Sanitation, dispensaries and jails vaccination Rajputana 1922-1927 - 1922-1927
Year: 1922
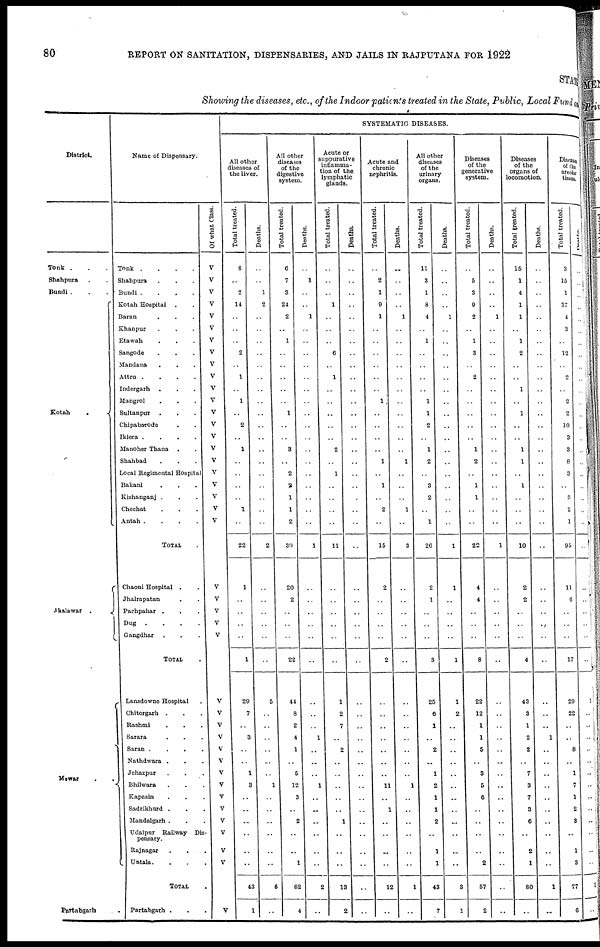
80
REPORT ON SANITATION, DISPENSARIES, AND JAILS IN RAJPUTANA FOR 1922
STAT
Showing the diseases, etc., of the Indoor-patients treated in the State, Public, Local Fund and
District.
Tonk ...
Shahpura ..
Bundi ...
Kotah
.
Jhalawar .
Mewar ..
Partabgarh .
Name of Dispensary.
Tonk
.
.
.
.
Shahpura ..
Bundi .
.
.
.
Kotah Hospital ..
Baran ...
Khanpur ...
Etawah ...
Sangode ...
Mandana ...
Attru
.
.
.
.
Indergarh ...
Mangrol ...
Sultanpur ...
Chipabarode ...
Iklera .
.
.
.
Manoher Thana ..
Shahbad ...
Local Regimental Hospital
Bakani ...
Kishanganj ...
Chechat ...
Antah .
.
.
.
TOTAL .
Chaoni Hospital ..
Jhalrapatan ...
Pachpahar ...
Dug
.
.
.
.
Gangdhar ...
TOTAL .
Lansdowne Hospital .
Chitorgarh ...
Rashmi ...
Sarara ...
Saran .
.
.
.
Nathdwara
.
.
.
Jehazpur ...
Bhilwara ...
Kapasin ...
Sadrikhurd ...
Mandalgarh ...
Udaipur Railway Dis-
pensary.
Rajnagar ...
Untala. ...
TOTAL .
Partabgarh ...
Of what Class.
V
V
V
V
V
V
V
V
V
V
V
V
V
V
V
V
V
V
V
V
V
V
V
V
V
V
V
V
V
V
V
V
V
V
V
V
V
V
V
V
V
V
SYSTEMATIC DISEASES.
All other
diseases of
the liver.
Total treated.
6
..
2
14
..
..
..
2
..
1
..
1
..
2
..
1
..
..
..
..
1
..
22
1
..
..
..
..
1
29
7
..
3
..
..
1
3
..
..
..
..
..
..
43
1
Deaths.
..
..
1
2
..
..
..
..
..
..
..
..
..
..
..
..
..
..
..
..
..
..
2
..
..
..
..
..
..
5
..
..
..
..
..
..
1
..
..
..
..
..
..
6
..
All other
diseases
of the
digestive
system.
Total treated.
6
7
3
24
2
..
1
..
..
..
..
..
1
..
..
3
..
2
2
1
1
2
39
20
2
..
..
..
22
44
8
2
4
1
..
5
12
3
..
2
..
..
1
82
4
Deaths.
..
1
..
..
1
..
..
..
..
..
..
..
..
..
..
..
..
..
..
..
..
..
1
..
..
..
..
..
..
..
..
..
1
..
..
..
1
..
..
..
..
..
..
2
..
Acute or
suppurative
inflamma-
tion of the
lymphatic
glands.
Total treated.
..
..
..
1
..
..
..
6
..
1
..
..
..
..
..
2
..
1
..
..
..
..
11
..
..
..
..
..
..
1
2
7
..
2
..
..
..
..
..
1
..
..
..
13
2
Deaths.
..
..
..
..
..
..
..
..
..
..
..
..
..
..
..
..
..
..
..
..
..
..
..
..
..
..
..
..
..
..
..
..
..
..
..
..
..
..
..
..
..
..
..
..
..
Acute and
chronic
nephritis.
Total treated.
..
2
1
9
1
..
..
..
..
..
..
1
..
..
..
..
1
..
1
..
2
..
15
2
..
..
..
..
2
..
..
..
..
..
..
..
11
..
1
..
..
..
..
12
..
Deaths.
..
..
..
..
1
..
..
..
..
..
..
..
..
..
..
..
1
..
..
..
1
..
3
..
..
..
..
..
..
..
..
..
..
..
..
..
1
..
..
..
..
..
..
1
..
All other
diseases
of the
urinary
organs.
Total treated.
11
3
1
8
4
..
1
..
..
..
..
1
1
2
..
1
2
..
3
2
..
1
26
2
1
..
..
..
3
25
6
1
..
2
..
1
2
1
1
2
..
1
1
43
7
Deaths.
..
..
..
..
1
..
..
..
..
..
..
..
..
..
..
..
..
..
..
..
..
..
1
1
..
..
..
..
1
1
2
..
..
..
..
..
..
..
..
..
..
..
..
3
1
Diseases
of the
generative
system.
Total treated.
..
5
3
9
2
..
1
3
..
2
..
..
..
..
..
1
2
..
1
1
..
..
22
4
4
..
..
..
8
22
12
1
1
5
..
3
5
6
..
..
..
..
2
57
2
Deaths.
..
..
..
..
1
..
..
..
..
..
..
..
..
..
..
..
..
..
..
..
..
..
1
..
..
..
..
..
..
..
..
..
..
..
..
..
..
..
..
..
..
..
..
..
..
Diseases
of the
organs of
locomotion.
Total treated.
15
1
4
1
1
..
1
2
..
..
1
..
1
..
..
1
1
..
1
..
..
..
10
2
2
..
..
..
4
43
3
1
2
2
..
7
3
7
3
6
..
2
1
80
..
Deaths.
..
..
..
..
..
..
..
..
..
..
..
..
..
..
..
..
..
..
..
..
..
..
..
..
..
..
..
..
..
..
..
..
1
..
..
..
..
..
..
..
..
..
..
1
..
Diseases
of the
areolar
tissue.
Total treated.
3
15
1
37
4
3
..
12
..
2
..
2
2
10
3
3
8
3
..
3
2
1
95
11
6
..
..
..
17
29
22
..
..
8
..
1
7
1
2
3
..
1
3
77
6
Deaths.
..
..
..
..
..
..
..
..
..
..
..
..
..
..
..
..
..
..
..
..
..
..
..
..
..
..
..
..
..
1
..
..
..
..
..
..
..
..
..
..
..
..
..
1
..